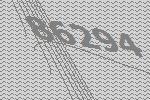
86294